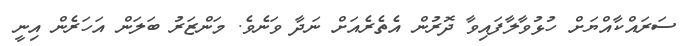
ސަރައްކާއްޔަށް ހުޅުވާލާފައިވާ ދޮރުން އެތެރެއަށް ނަދާ ވަނެވެ. މަންޒަރު ބަލަން އަހަރެން އިނީ